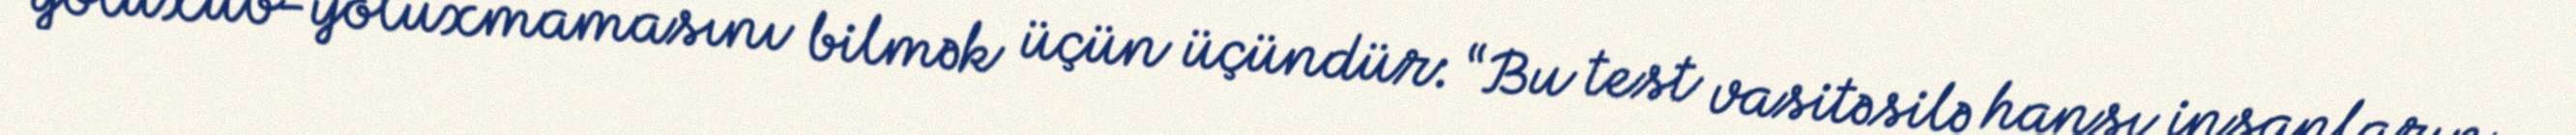
yoluxub-yoluxmamasını bilmək üçün üçündür: “Bu test vasitəsilə hansı insanların